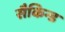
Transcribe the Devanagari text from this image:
सैकिन्ड